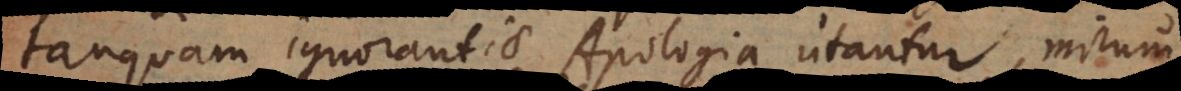
tanquam ignorantiae Apologia utantur, mirum